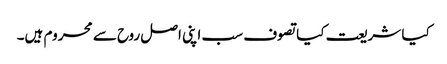
کیا شریعت کیا تصوف سب اپنی اصل روح سے محروم ہیں۔